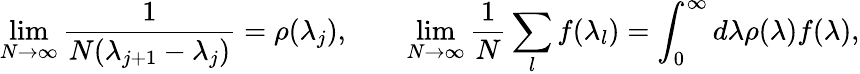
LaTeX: \operatorname*{lim}_{N\to\infty}\frac{1}{N(\lambda_{j+1}-\lambda_{j})}=\rho(\lambda_{j}),\qquad\operatorname*{lim}_{N\to\infty}\frac{1}{N}\sum_{l}f(\lambda_{l})=\int_{0}^{\infty}d\lambda\rho(\lambda)f(\lambda),